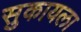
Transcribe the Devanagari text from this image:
सुकायला